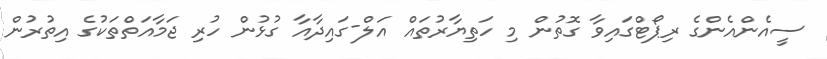
ސީއެންއެންގެ ރިޕޯޓްގައިވާ ގޮތުން މި ހަތިޔާރުތައް އަލް-ގައިދާއާ ގުޅުން ހުރި ޖަމާއަތްތަކުގެ އިތުރުން